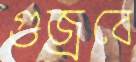
গুজ্‌রবে